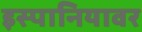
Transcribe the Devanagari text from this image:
इस्पानियावर